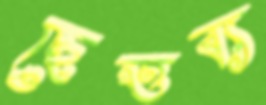
ছেত্তব্য